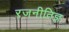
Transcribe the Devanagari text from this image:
रजनीतिज्ञ